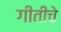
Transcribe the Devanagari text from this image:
गीतीचे